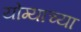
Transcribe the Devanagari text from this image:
योग्याच्या